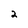
Character: 2